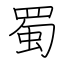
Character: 蜀